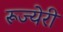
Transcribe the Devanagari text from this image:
रूज्येरी